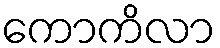
ကောကိလာ